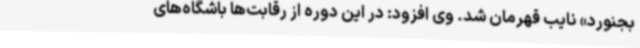
بجنورد» نایب قهرمان شد. وی افزود: در این دوره از رقابت‌ها باشگاه‌های